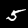
Label: 5